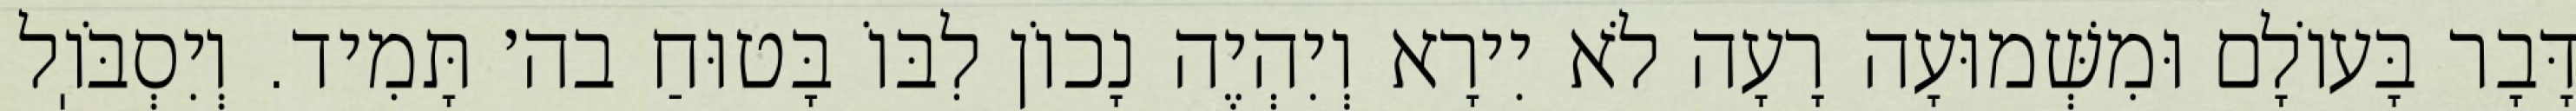
דָּבָר בָּעוֹלָם וּמִשְּׁמוּעָה רָעָה לֹא יִירָא וְיִהְיֶה נָכוֹן לִבּוֹ בָּטוּחַ בה׳ תָּמִיד. וְיִסְבֹּוֽל